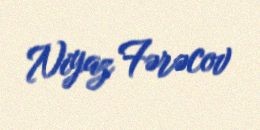
Niyaz Fərəcov